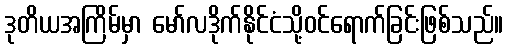
ဒုတိယအကြိမ်မှာ မော်လဒိုက်နိုင်ငံသို့ဝင်ရောက်ခြင်းဖြစ်သည်။